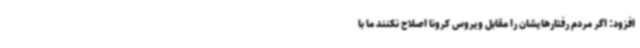
افزود: اگر مردم رفتارهایشان را مقابل ویروس کرونا اصلاح نکنند ما با